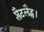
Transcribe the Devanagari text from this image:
प्लैटलैट्स।